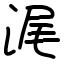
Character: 浘